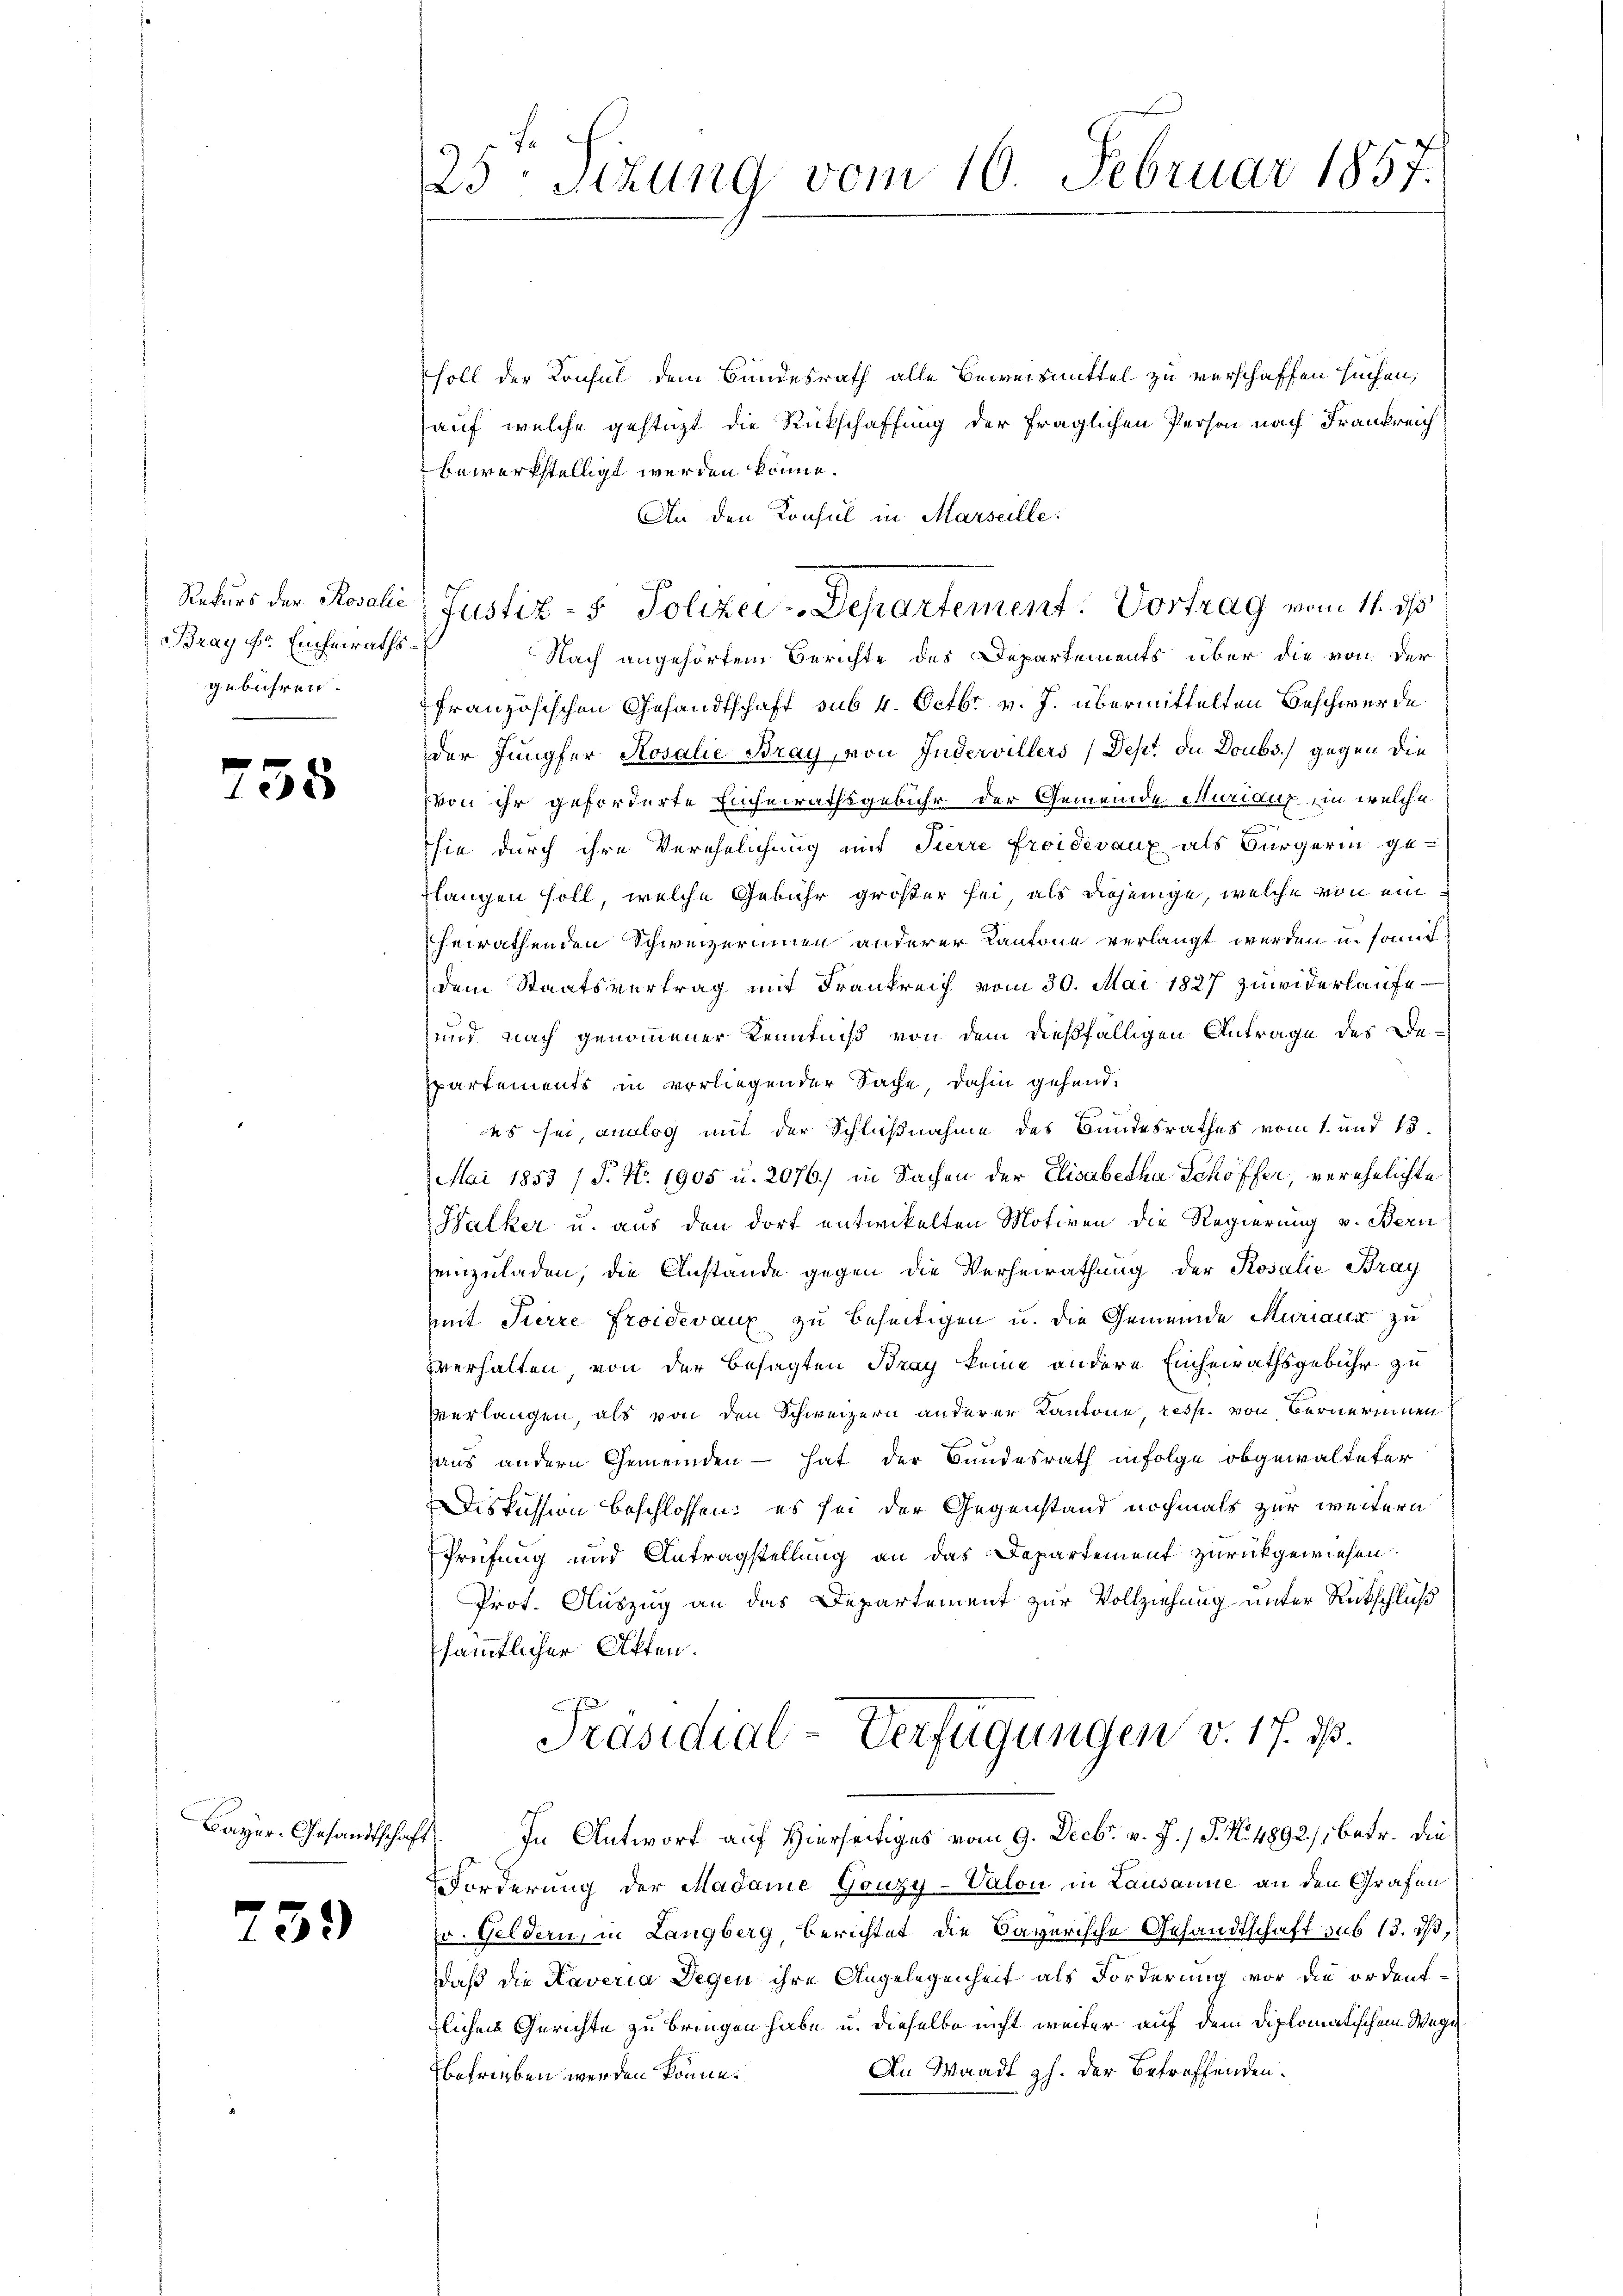
Bray Hr. Einheirathsgebühren.

¬

35

Bayer. Gesandtschaft

39)

25 schung vom 10. Februar 1857.

soll der Konsul dem Bundesrath alle Beweismittel zu verschaffen suchen,
auf welche gestüzt die Rückschaffung der fraglichen Person nach Frankreich
bewerkstelligt werden könne.
An den Konsul in Marseille:
Nach angehörtem Berichte des Departements über die von der
französischen Gesandtschaft sub 4. Octbr. v. J. übermittelten Beschwerde
der Jungfer Rosalie Bray, von Indervillers (Dept. die Doubs.) gegen die
von ihr geforderte Einheirathsgebühr der Gemeinde Muriaux, in welche
sie durch ihre Verehelichung mit Sierre froidevanz als Bürgerin ge-
rlangen soll, welche Gebühr größer sei, als diejenige, welche von ein
heirathenden Schweizerinnen anderer Kantone verlangt werden u. somit
dem Staatsvertrag mit Frankreich vom 30. Mai 1827 zuwiderlaŭfe
und nach genommener Kenntniß von dem dießfälligen Antrage des Bepartements in vorliegender Sache, dahin gehend:
.
es sei, analog mit der Schlußnahme des Bundesrathes vom 1. und 15.
Mai 1853 / P. Nr. 1905 u. 2076. in Sachen der Elisabetha Schöffer, verehelichte
Walker u. aus den dort entwickelten Motiven die Regierung v. Bern
einzuladen, die Anstande gegen die Verheirathung der Rosalie Bray
mit Tierre Froidevaux zu beseitigen u. die Gemeinde Muriaux zu
zverhalten von der besagten Bray keine andere Einheirathsgebühr zu
verlangen, als von den Schweizern anderer Kantone, resp. von Bernerinnen
haus andern Gemeinden - hat der Bundesrath in Folge obgewalteter
Diskussion beschlossen: es sei der Gegenstand nochmals zur weitern
Prüfung und Antragstellung an das Departement zurückgewiesen.
Prot. Auszug an das Departement zur Vollziehung unter Rückschluß
sämmtlicher Akten.
Präsidial-Verfügungen v. 17. d.
In Antwort auf Hierseitiges vom 9. Decbr. v. J. / P. No. 4892/, betr. die
Forderung der Madame Gouzy-Valon in Lausanne an den Grafen
r. Geldern, in Langberg, Berichtet die Bayerische Gesandtschaft sub 15. dß,
daß die Kaveria Degen ihre Angelegenheit als Forderung vor die ordent-
zlichen Gerichte zu bringen habe u. dieselbe nicht weiter auf dem diplomatischen Wege
An Waadt z. der Betreffenden.
betrieben werden könne.

Rekurs der Rosalić, Justiz- & Polizei-Departement. Vortrag vom 11. ds